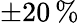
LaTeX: \pm 20\, \%